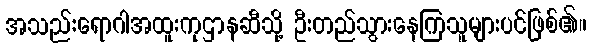
အသည်းရောဂါအထူးကုဌာနဆီသို့ ဦးတည်သွားနေကြသူများပင်ဖြစ်၏။